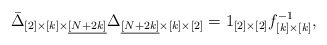
\begin{align*}\bar{\Delta}_{[2]\times[k] \times \underline{[N+2k]}} \Delta_{\underline{[N+2k]} \times[k]\times[2]} = 1_{[2]\times[2]} f^{-1}_{[k]\times[k]}, \end{align*}